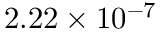
2 . 2 2 \times 1 0 ^ { - 7 }